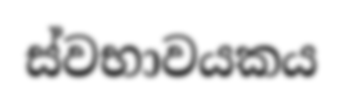
ස්වභාවයකය